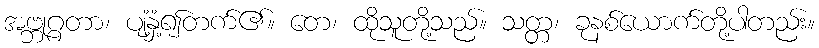
အဗ္ဘုဂ္ဂတာ၊ ပျံ့နှံ့၍တက်၏။ တေ၊ ထိုသူတို့သည်။ သတ္တ၊ ခုနစ်ယောက်တို့ပါတည်း။